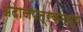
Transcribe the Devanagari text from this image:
अंदाजपत्रकमध्ये